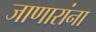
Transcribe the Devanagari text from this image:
जाणारांना